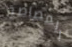
المصاصة